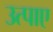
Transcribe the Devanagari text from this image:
उत्पाए